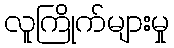
လူကြိုက်များမှု